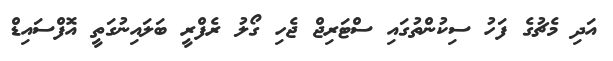
އަދި މެޗުގެ ފަހު ސިކުންތުގައި ސްޓަރިޖް ޖެހި ގޯލު ރެފްރީ ބަލައިނުގަތީ އޮފްސައިޑް